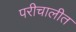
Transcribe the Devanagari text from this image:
परीचालीत